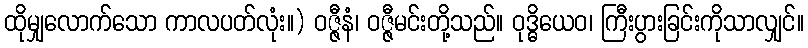
ထိုမျှလောက်သော ကာလပတ်လုံး။) ဝဇ္ဇီနံ၊ ဝဇ္ဇီမင်းတို့သည်။ ဝုဒ္ဓိယေဝ၊ ကြီးပွားခြင်းကိုသာလျှင်။